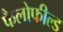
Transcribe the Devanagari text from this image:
फैलोफील्ड